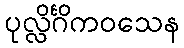
ပုလ္လိင်္ဂိကဝသေန